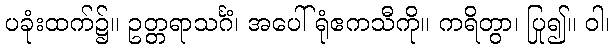
ပခုံးထက်၌။ ဥတ္တရာသင်္ဂံ၊ အပေါ်ရုံဧကသီကို။ ကရိတွာ၊ ပြု၍။ ဝါ၊